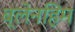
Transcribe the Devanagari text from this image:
ब्लेनहिम